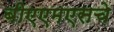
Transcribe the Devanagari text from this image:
बीएएमएसचे